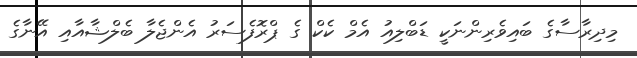
މިދިރާސާގެ ބައިވެރިންނަކީ ޑަބްލިއު އެމް ކެކް ގެ ޕްރޮފެސަރު އެންޖެލާ ބެލްޝާއާއި އޭނާގެ